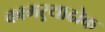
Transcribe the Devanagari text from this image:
कामऱ्याढोक